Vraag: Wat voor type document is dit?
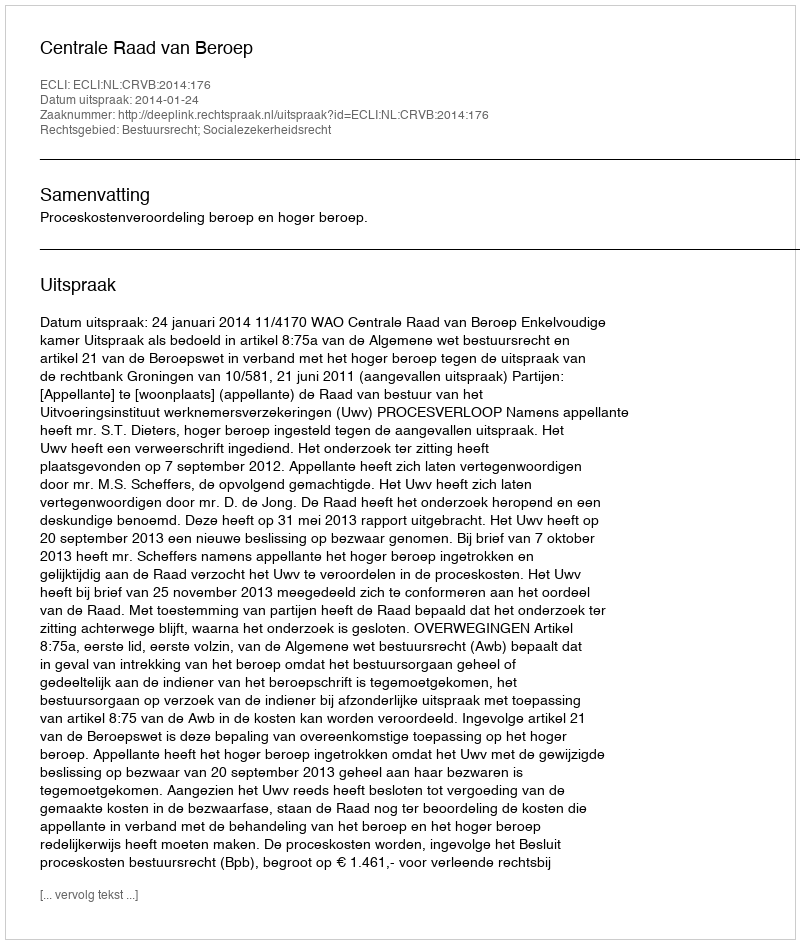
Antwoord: Uitspraak